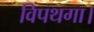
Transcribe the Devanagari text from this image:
विपथगा।